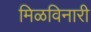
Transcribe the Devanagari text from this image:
मिळविनारी